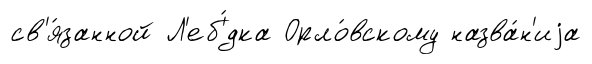
св'я́занной Л'еб'́дка Орло́вскому назва́н'иjа